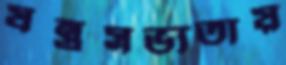
যন্ত্রসভ্যতায়